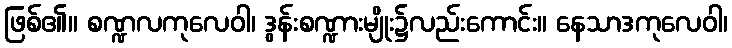
ဖြစ်၏။ စဏ္ဍလကုလေဝါ၊ ဒွန်းစဏ္ဍားမျိုး၌လည်းကောင်း။ နေသာဒကုလေဝါ၊